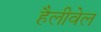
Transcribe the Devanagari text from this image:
हैलीवेल